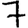
Digit: 7